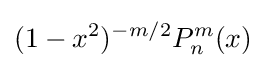
(1-x^{2})^{-m/2}P_{n}^{m}(x)